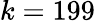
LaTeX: k=199